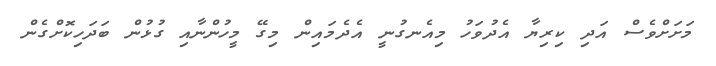
މަށަށްވެސް އަދި ކިރިޔާ އެދުވަހު މިއެނގުނީ އެދެމައިން މިގޭ މީހުންނާއި ގުޅުން ބަދަހިކޮށްގެން